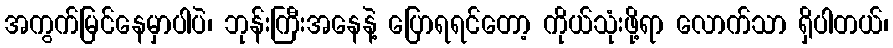
အကွက်မြင်နေမှာပါပဲ၊ ဘုန်းကြီးအနေနဲ့ ပြောရရင်တော့ ကိုယ်သုံးဖို့ရာ လောက်သာ ရှိပါတယ်၊